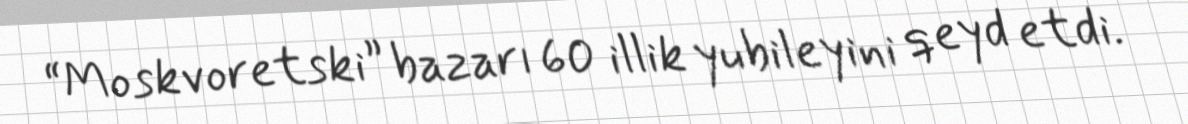
“Moskvoretski” bazarı 60 illik yubileyini qeyd etdi.